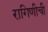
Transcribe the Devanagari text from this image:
रागिणीची